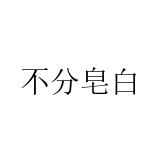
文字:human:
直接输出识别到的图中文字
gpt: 不分皂白